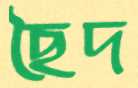
ছৈদ